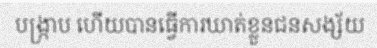
បង្ក្រាប ហើយបានធ្វើការឃាត់ខ្លួនជនសង្ស័យ